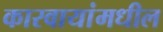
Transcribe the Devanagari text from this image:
कारवायांमधील